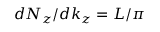
d N _ { z } / d k _ { z } = L / \pi